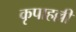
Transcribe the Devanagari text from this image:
कृपाहल्ली